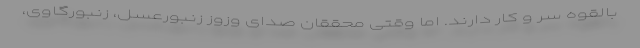
بالقوه‌ سر و کار دارند. اما وقتی محققان صدای وزوز زنبورعسل، زنبورگاوی،